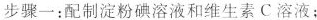
步骤一：配制淀粉碘溶液和维生素C溶液；